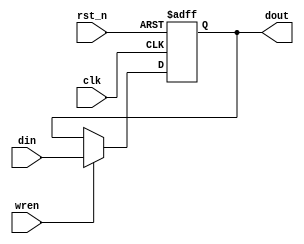
module mul_reg1_ne(clk, rst_n, din, wren, dout);

        input           clk;    // System clk
        input           rst_n;  // System Reset
        input     	din;    // Data input
        input           wren; 	// Enable Register
        output    	dout;   // Data Output

        reg       	dout;

        always@(negedge clk or negedge rst_n)
        begin
                if(~rst_n)    	dout<=1'b0;
                else if(wren)	dout<=din;
                else 		dout<=dout;
        end


endmodule